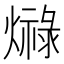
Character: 𤐠